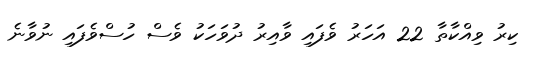
ކިރު ވިއްކާތާ 22 އަހަރު ވެފައި ވާއިރު ދުވަހަކު ވެސް ހުސްވެފައި ނުވާނެ